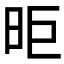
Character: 昛